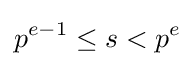
p^{e-1}\leq s<p^{e}